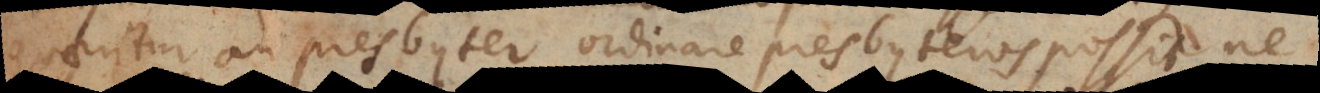
quaeritur an presbyter ordinare presbyteros possit, n